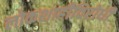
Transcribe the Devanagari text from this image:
लोकशाहीविरोधी